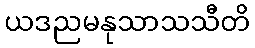
ယဒညမနုသာသသီတိ